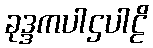
ခုဒ္ဒကပါဌပါဠိ